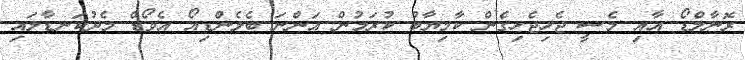
ރޮނާލްޑޯ އާއި މެސީ ޖެހިޖެހިގެން ކާމިޔާބު ކުރަމުން އަންނަ ބެލެންޑިއޯ އެވޯޑް މެދުކަނޑާލައި